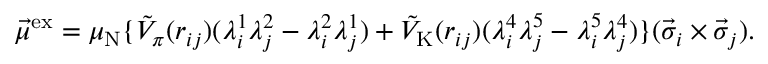
\vec { \mu } ^ { \mathrm { e x } } = \mu _ { \mathrm { N } } \{ \tilde { V } _ { \pi } ( r _ { i j } ) ( \lambda _ { i } ^ { 1 } \lambda _ { j } ^ { 2 } - \lambda _ { i } ^ { 2 } \lambda _ { j } ^ { 1 } ) + \tilde { V } _ { \mathrm { K } } ( r _ { i j } ) ( \lambda _ { i } ^ { 4 } \lambda _ { j } ^ { 5 } - \lambda _ { i } ^ { 5 } \lambda _ { j } ^ { 4 } ) \} ( \vec { \sigma } _ { i } \times \vec { \sigma } _ { j } ) .